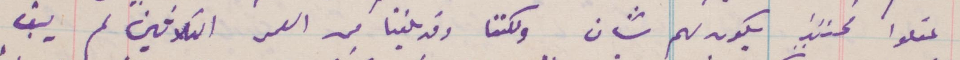
عقلوا حينئذ يكون لهم شأن ولكننا وقد بلغنا من العمر الثلاثين لم يبق